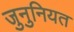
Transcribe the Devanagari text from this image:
जुनुनियत